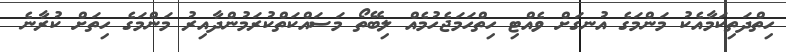
ހިތްދަތިކަމާއެކު މަންމަގެ އުނގަށް ވެއްޓި ހިތްހަމަަޖެހުމެއް ލިބޭތޯ މަސައްކަތްކުރަމުންދާއިރު މަންމަގެ ހިތަށް ކުރާނެ